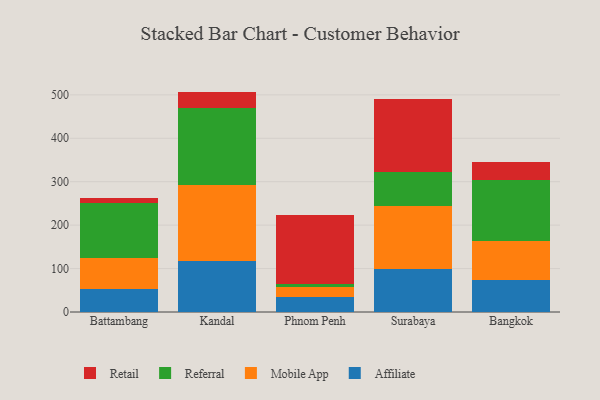
{"axis": {"x": "City", "y": "Humidity (%)"}, "legend": ["Affiliate", "Mobile App", "Referral", "Retail"], "data": [{"x": "Battambang", "y": 53.1, "type": "Affiliate"}, {"x": "Battambang", "y": 72.2, "type": "Mobile App"}, {"x": "Battambang", "y": 124.9, "type": "Referral"}, {"x": "Battambang", "y": 13.2, "type": "Retail"}, {"x": "Kandal", "y": 117.2, "type": "Affiliate"}, {"x": "Kandal", "y": 175.8, "type": "Mobile App"}, {"x": "Kandal", "y": 175.7, "type": "Referral"}, {"x": "Kandal", "y": 38.8, "type": "Retail"}, {"x": "Phnom Penh", "y": 35.6, "type": "Affiliate"}, {"x": "Phnom Penh", "y": 22.4, "type": "Mobile App"}, {"x": "Phnom Penh", "y": 6.2, "type": "Referral"}, {"x": "Phnom Penh", "y": 158.4, "type": "Retail"}, {"x": "Surabaya", "y": 99.4, "type": "Affiliate"}, {"x": "Surabaya", "y": 144.6, "type": "Mobile App"}, {"x": "Surabaya", "y": 77.4, "type": "Referral"}, {"x": "Surabaya", "y": 170.2, "type": "Retail"}, {"x": "Bangkok", "y": 73.5, "type": "Affiliate"}, {"x": "Bangkok", "y": 89.5, "type": "Mobile App"}, {"x": "Bangkok", "y": 140.1, "type": "Referral"}, {"x": "Bangkok", "y": 42.9, "type": "Retail"}]}